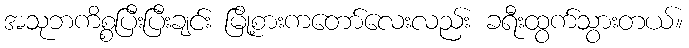
အသုဘကိစ္စပြီးပြီးချင်း မြို့စားကတော်လေးလည်း ခရီးထွက်သွားတယ်။